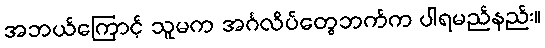
အဘယ်ကြောင့် သူမက အင်္ဂလိပ်တွေဘက်က ပါရမည်နည်း။